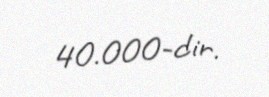
40.000-dir.